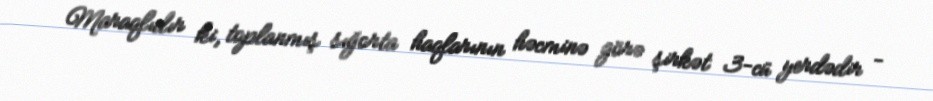
Maraqlıdır ki, toplanmış sığorta haqlarının həcminə görə şirkət 3-cü yerdədir -